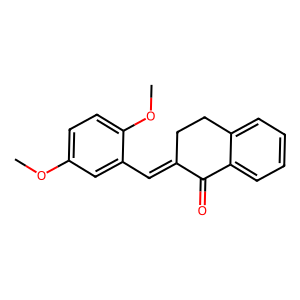
SMILES: COc1ccc(OC)c(C=C2CCc3ccccc3C2=O)c1
Inhibits HIV replication: No